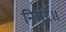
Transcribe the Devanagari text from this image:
नियरे॥